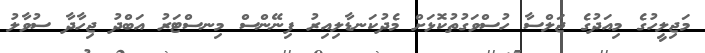
މަޖިލީހުގެ މިއަދުގެ ޖަލްސާ ހުސްވަގުތުކޮޅަށް މެދުކަނޑާލިއިރު ފިނޭންސް މިނސްޓަރު އަބްދު ޖިހާދާ ސުވާލު